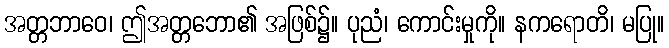
အတ္တဘာဝေ၊ ဤအတ္တဘော၏ အဖြစ်၌။ ပုညံ၊ ကောင်းမှုကို။ နကရောတိ၊ မပြု။